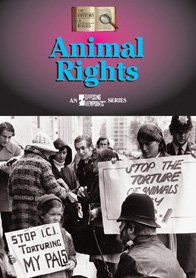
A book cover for Animal Rights (History of Issues); Susan Ludwig; Teen & Young Adult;